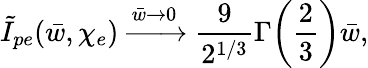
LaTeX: \tilde{I}_{pe}(\bar{w},\chi_{e})\xrightarrow{\bar{w}\to 0}\frac{9}{2^{1/3}}\Gamma\biggl(\frac{2}{3}\biggr)\bar{w},